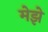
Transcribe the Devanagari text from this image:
मेझे